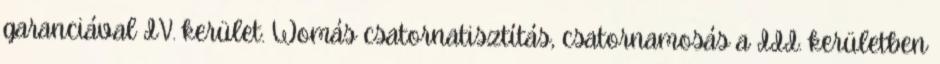
garanciával IV. kerület. Womás csatornatisztítás, csatornamosás a III. kerületben